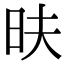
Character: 㫙